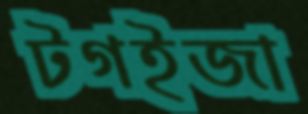
টগইজা